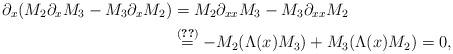
LaTeX: \begin{align*}\partial_x (M_2 \partial_x M_3-M_3\partial_x M_2)&=M_2 \partial_{xx} M_3-M_3\partial_{xx} M_2\\&\stackrel{\eqref{EL_in_M}}{=}-M_2(\Lambda(x)M_3)+M_3(\Lambda(x)M_2)=0,\end{align*}